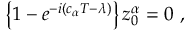
\left\{ 1 - e ^ { - i \left( c _ { \alpha } T - \lambda \right) } \right\} z _ { 0 } ^ { \alpha } = 0 \ ,